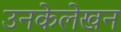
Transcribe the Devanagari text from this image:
उनकेलेखन